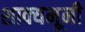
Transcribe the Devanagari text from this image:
शाक्यमूनी